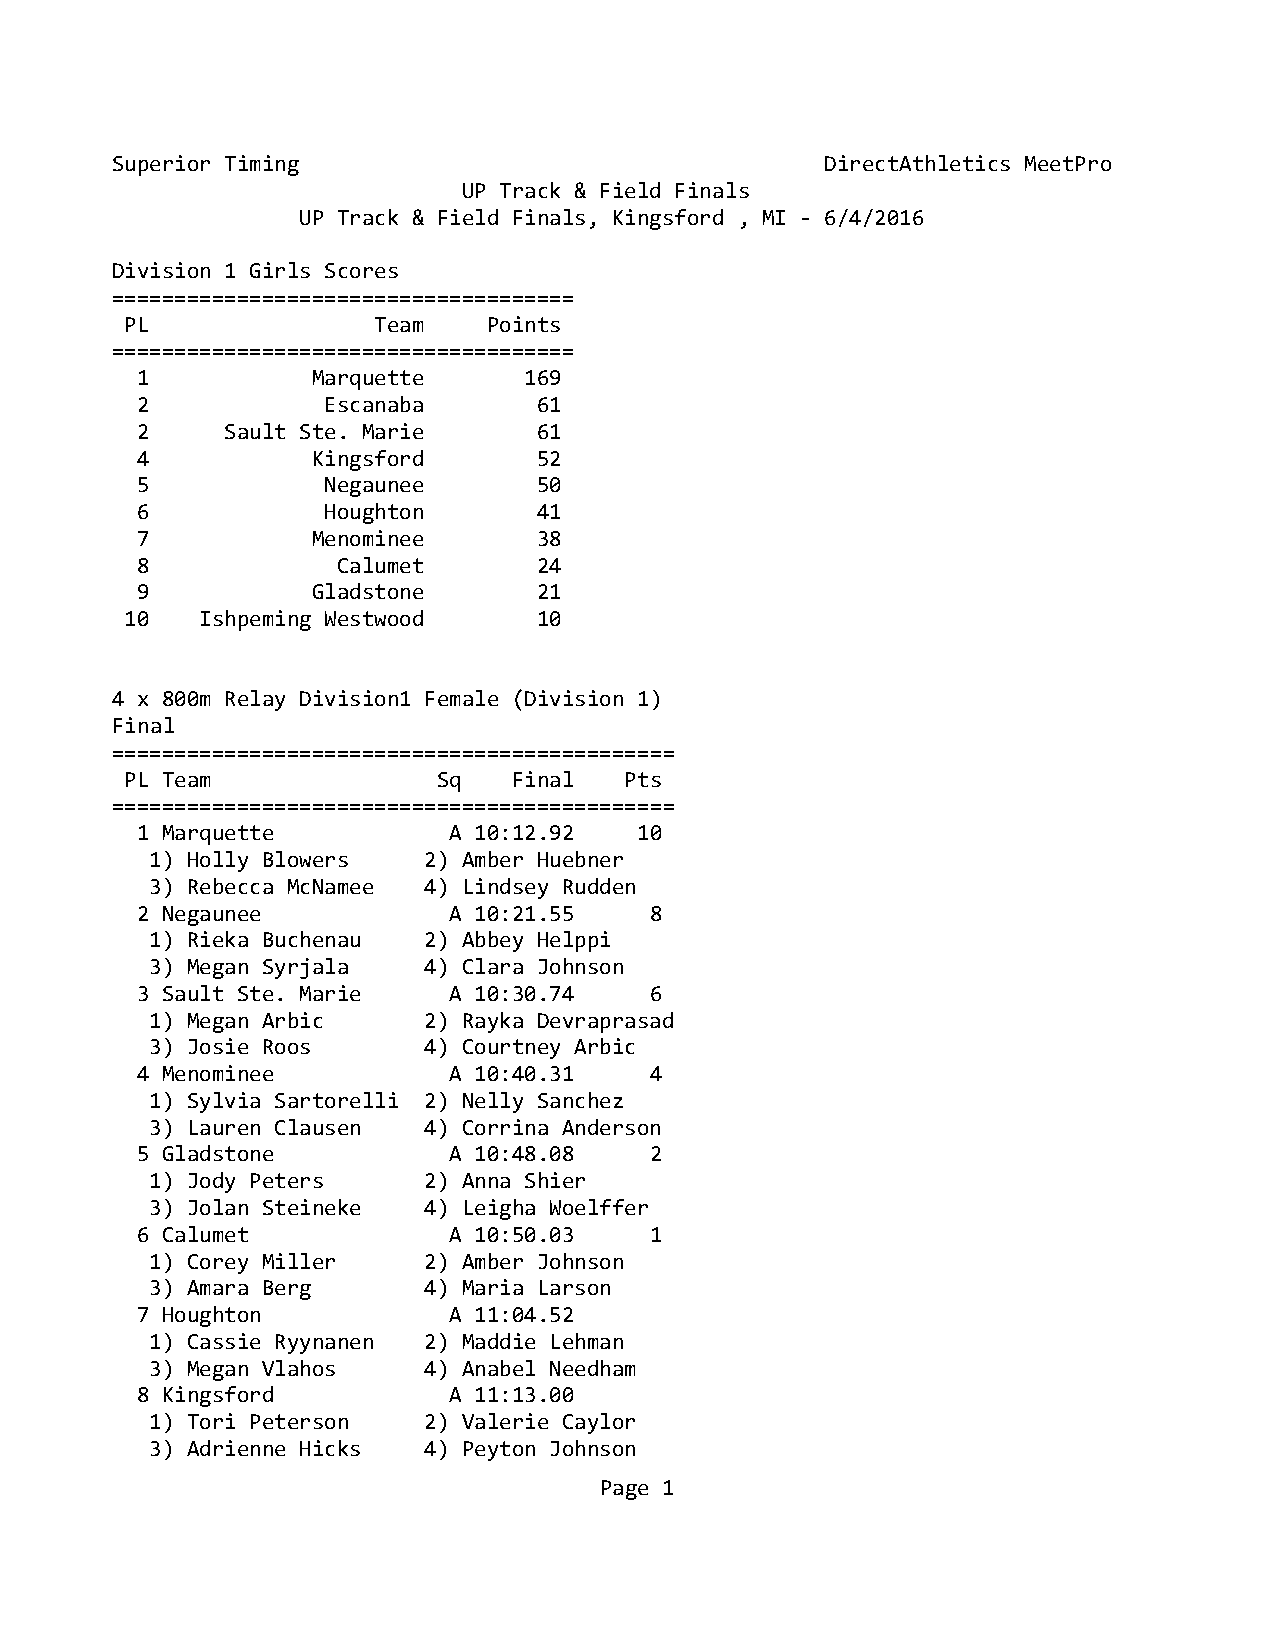
Superior Timing                                 DirectAthletics MeetPro
 UP Track & Field Finals
 UP Track & Field Finals, Kingsford , MI - 6/4/2016
 Division 1 Girls Scores
 =====================================
 PL               Team   Points
 =====================================
 1           Marquette     169
 2            Escanaba      61
 2     Sault Ste. Marie     61
 4           Kingsford      52
 5            Negaunee      50
 6            Houghton      41
 7           Menominee      38
 8            Calumet       24
 9           Gladstone      21
 10   Ishpeming Westwood     10
 4 x 800m Relay Division1 Female (Division 1)
 Final
 =============================================
 PL Team              Sq   Final  Pts
 =============================================
 1 Marquette          A 10:12.92  10
 1) Holly Blowers  2) Amber Huebner
 3) Rebecca McNamee 4) Lindsey Rudden
 2 Negaunee           A 10:21.55   8
 1) Rieka Buchenau 2) Abbey Helppi
 3) Megan Syrjala  4) Clara Johnson
 3 Sault Ste. Marie   A 10:30.74   6
 1) Megan Arbic    2) Rayka Devraprasad
 3) Josie Roos     4) Courtney Arbic
 4 Menominee          A 10:40.31   4
 1) Sylvia Sartorelli 2) Nelly Sanchez
 3) Lauren Clausen 4) Corrina Anderson
 5 Gladstone          A 10:48.08   2
 1) Jody Peters    2) Anna Shier
 3) Jolan Steineke 4) Leigha Woelffer
 6 Calumet            A 10:50.03   1
 1) Corey Miller   2) Amber Johnson
 3) Amara Berg     4) Maria Larson
 7 Houghton           A 11:04.52
 1) Cassie Ryynanen 2) Maddie Lehman
 3) Megan Vlahos   4) Anabel Needham
 8 Kingsford          A 11:13.00
 1) Tori Peterson  2) Valerie Caylor
 3) Adrienne Hicks 4) Peyton Johnson
 Page 1